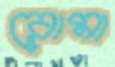
রোমা